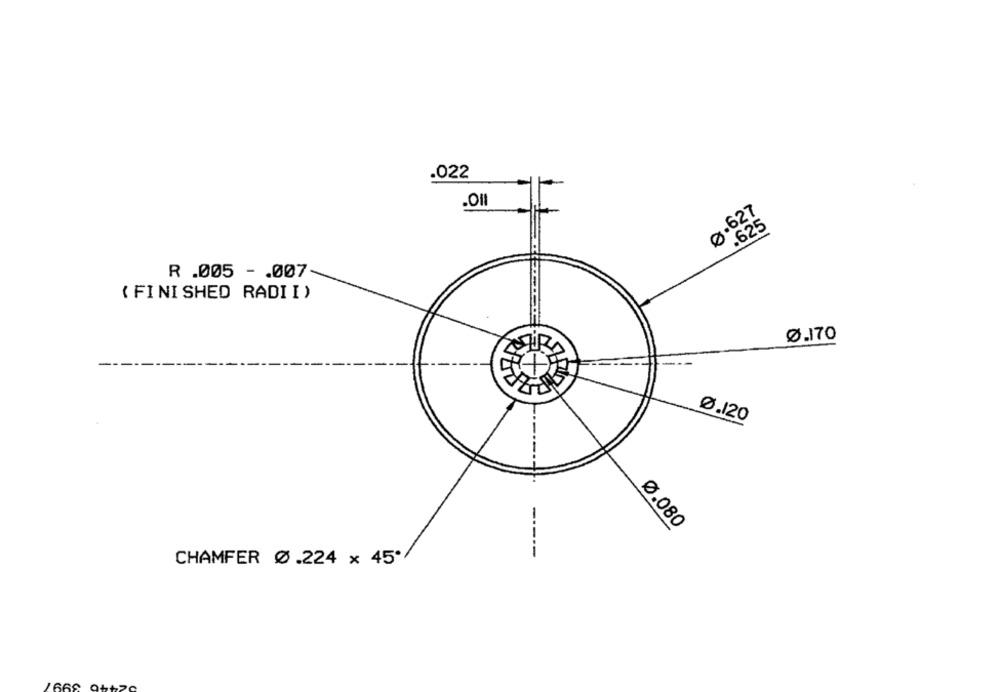
.022
0.627
.625
R .005 - . 007
( FINISHED RADI I )
0.170
Ø.120
Ø.080
-----
CHAMFER Ø.224 x 45º
669